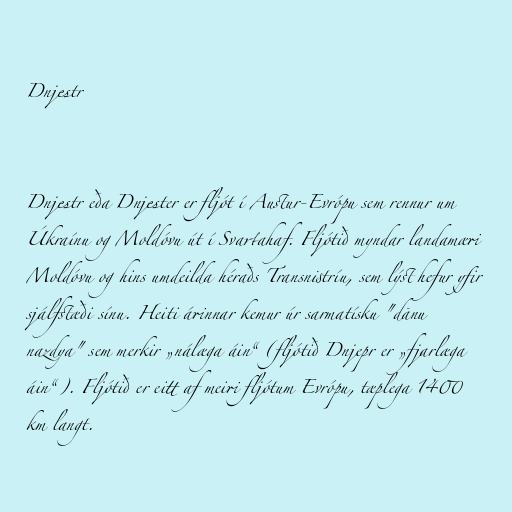
Dnjestr

Dnjestr eða Dnjester er fljót í Austur-Evrópu sem rennur um
Úkraínu og Moldóvu út í Svartahaf. Fljótið myndar landamæri
Moldóvu og hins umdeilda héraðs Transnistríu, sem lýst hefur yfir
sjálfstæði sínu. Heiti árinnar kemur úr sarmatísku "dānu
nazdya" sem merkir „nálæga áin“ (fljótið Dnjepr er „fjarlæga
áin“). Fljótið er eitt af meiri fljótum Evrópu, tæplega 1400
km langt.